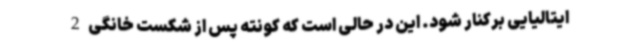
ایتالیایی برکنار شود. این در حالی است که کونته پس از شکست خانگی 2